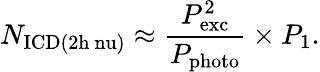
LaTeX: N_{\mathrm{ICD(2h\ nu)}}\approx\frac{P_{\mathrm{exc}}^{2}}{P_{\mathrm{photo}}}\times P_{\mathrm{1}}.